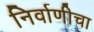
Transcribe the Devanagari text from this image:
निर्वाणीचा